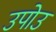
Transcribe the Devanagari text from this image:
उपोउ